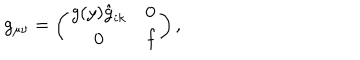
LaTeX: g _ { \mu \nu } = \left( \begin{array} { c c } { { g ( y ) \hat { g } _ { i k } } } & { { 0 } } \\ { { 0 } } & { { f } } \\ \end{array} \right) ,